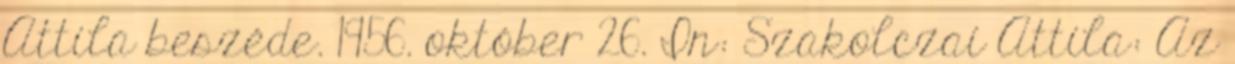
Attila beszéde. 1956. október 26. In: Szakolczai Attila: Az